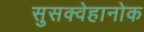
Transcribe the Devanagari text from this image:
सुसक्वेहानोक